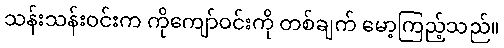
သန်းသန်းဝင်းက ကိုကျော်ဝင်းကို တစ်ချက် မော့ကြည့်သည်။